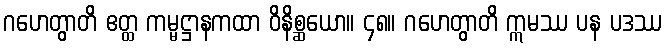
ဂဟေတွာတိ ဧတ္ထ ကမ္မဋ္ဌာနကထာ ဝိနိစ္ဆယော။ ၄၈။ ဂဟေတွာတိ ဣမဿ ပန ပဒဿ